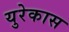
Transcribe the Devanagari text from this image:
युरेकास